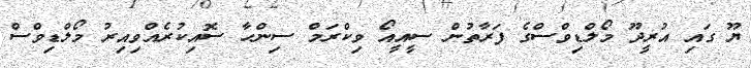
ޔޫ ގައި އުރީދޫ މޯލްޑިވްސްގެ ފަރާތުން ސީއީއޯ ވިކްރަމް ސިންހާ ސޮއިކުރެއްވިއިރު މޯލްޑިވްސް